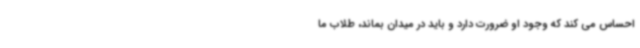
احساس می کند که وجود او ضرورت دارد و باید در میدان بماند، طلاب ما